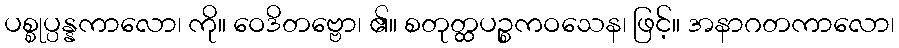
ပစ္စုပ္ပန္နကာလော၊ ကို။ ဝေဒိတဗ္ဗော၊ ၏။ စတုတ္ထပဉ္စကဝသေန၊ ဖြင့်။ အနာဂတကာလော၊